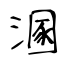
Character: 溷